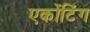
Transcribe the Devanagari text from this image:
एकोंटिंग